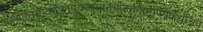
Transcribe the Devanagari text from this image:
अस्थीनिमातापितृपूर्वजानांनयंतिगंगामपियेकथंचित्